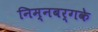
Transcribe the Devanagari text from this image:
निम्नबर्गके